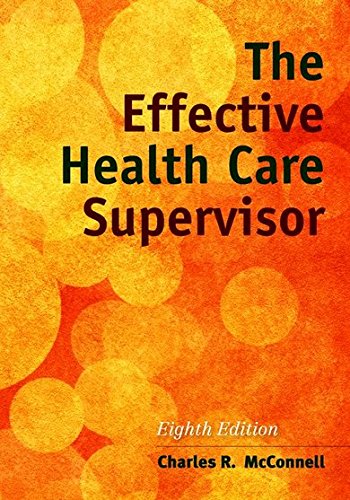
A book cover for The Effective Health Care Supervisor; Charles R. McConnell; Medical Books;